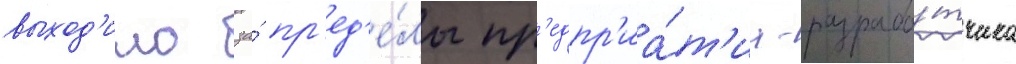
выход'ило за́ пр'ед'е́лы пр'едпр'иа́т'иа-разрабо́тчика